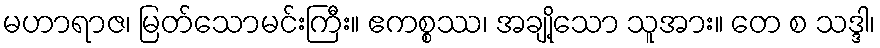
မဟာရာဇ၊ မြတ်သောမင်းကြီး။ ဧကစ္စဿ၊ အချို့သော သူအား။ တေ စ သဒ္ဒါ၊